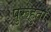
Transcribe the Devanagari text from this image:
पुरूहुता